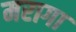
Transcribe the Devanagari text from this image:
मरागा